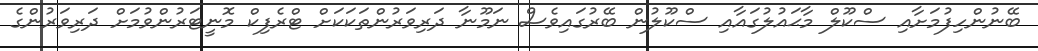
ބޭނުންހިފުމަށާއި ސްކޫލް މާޙައުލުގައާއި ސްކޫލުން ބޭރުގައިވެސް ނަމޫނާ ދަރިވަރުންތަކަކަށް ޓްރެފިކް މޮނީޓަރުންވުމަށް ދަރިވަރުންގެ